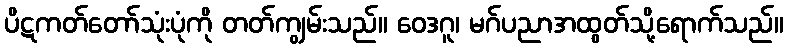
ပိဋကတ်တော်သုံးပုံကို တတ်ကျွမ်းသည်။ ဝေဒဂူ၊ မဂ်ပညာအထွတ်သို့ရောက်သည်။